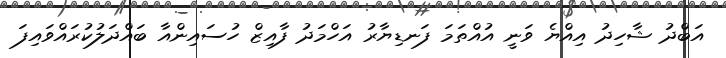
އަބްދު ޝާހިދު އިއްޔެ ވަނީ އުއްތަމަ ފަނޑިޔާރު އަހްމަދު ފާއިޒް ހުސައިންއާ ބައްދަލުކުރައްވައިފަ